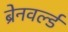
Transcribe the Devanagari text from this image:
ब्रेनवर्ल्ड